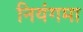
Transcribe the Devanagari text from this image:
नियंगमा